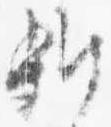
雑